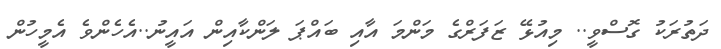
ދަތުރަކު ގޮސްވީ.. މިއުޅޭ ޒަފަރްގެ މަންމަ އާއި ބައްޕަ ލަންކާއިން އައީނު..އެހެންވެ އެމީހުން